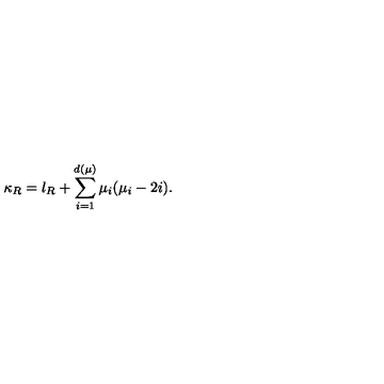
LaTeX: \kappa _ { R } = l _ { R } + \sum _ { i = 1 } ^ { d ( \mu ) } \mu _ { i } ( \mu _ { i } - 2 i ) .